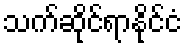
သက်ဆိုင်ရာနိုင်ငံ